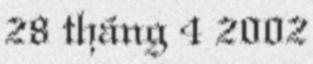
28 tháng 4 2002